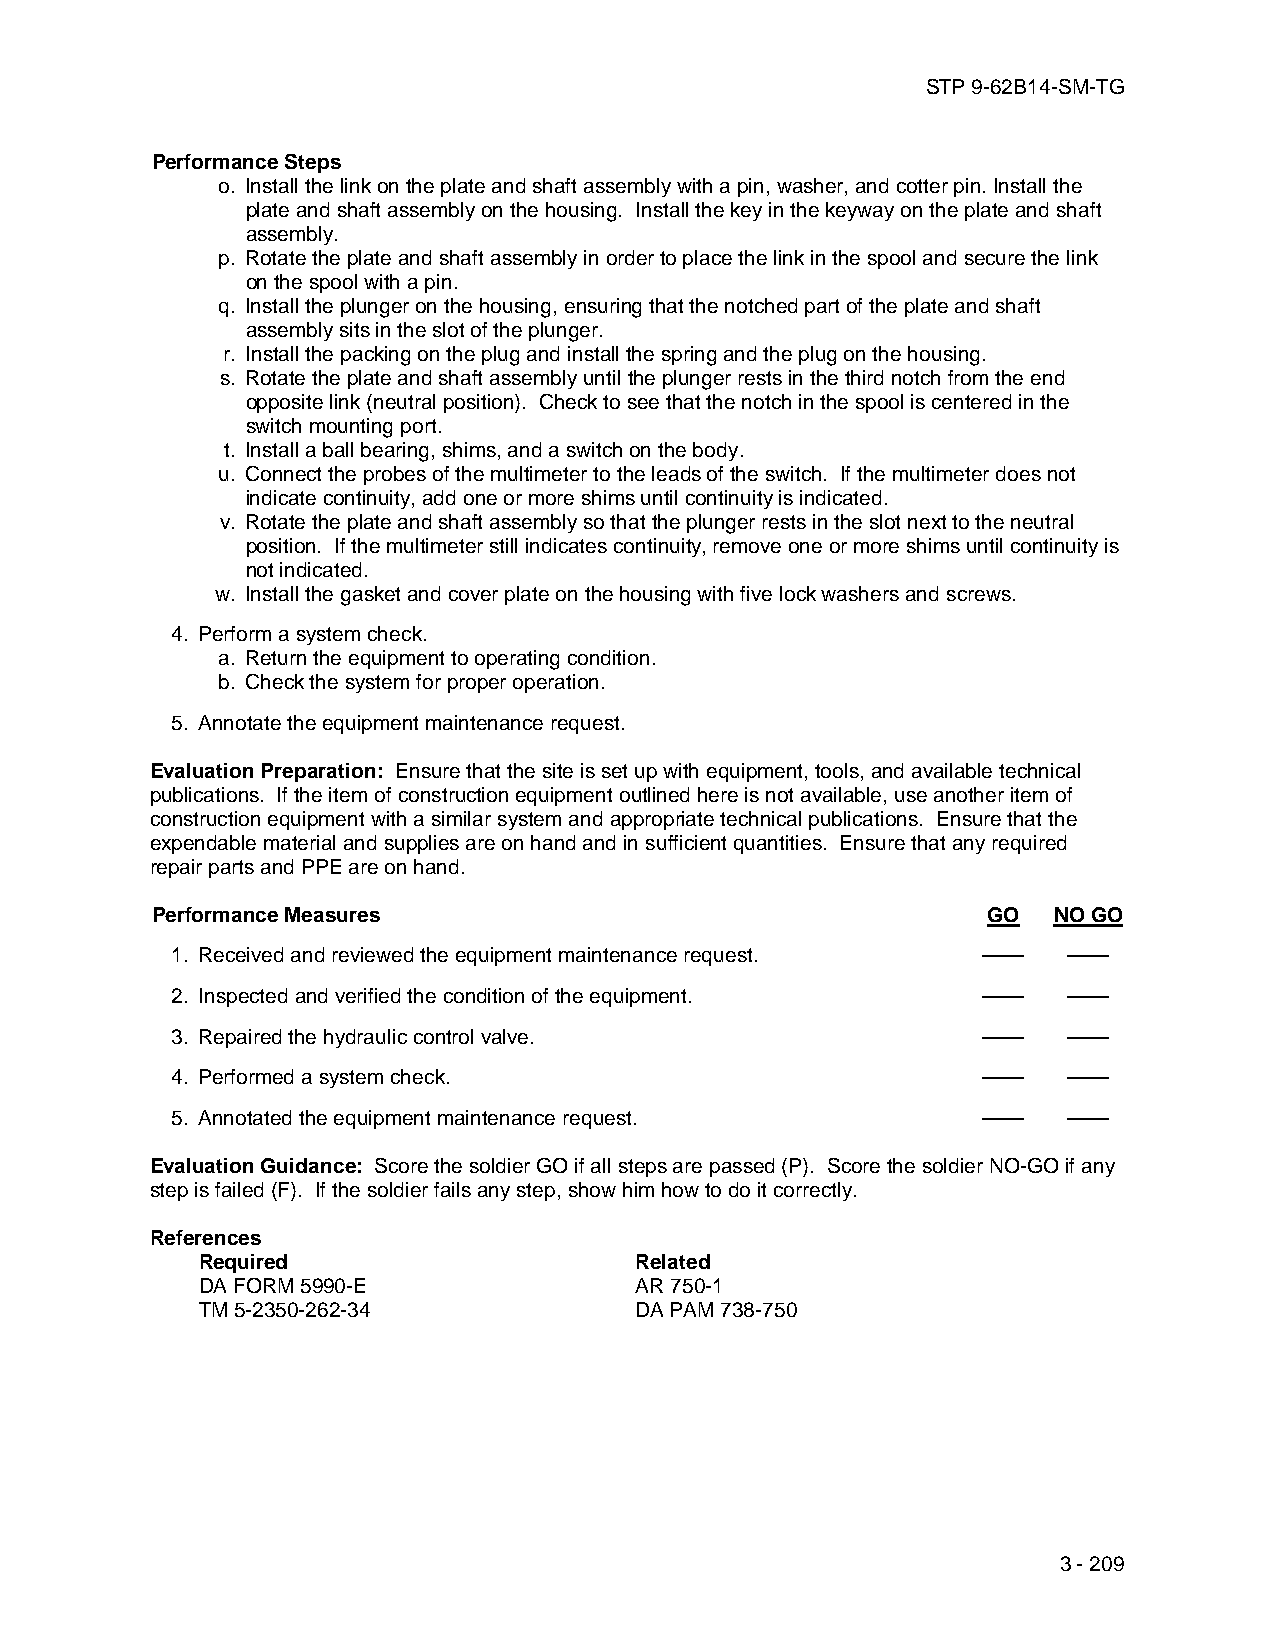
STP 9-62B14-SM-TG
 Performance Steps
 o. Install the link on the plate and shaft assembly with a pin, washer, and cotter pin. Install the
 plate and shaft assembly on the housing. Install the key in the keyway on the plate and shaft
 assembly.
 p. Rotate the plate and shaft assembly in order to place the link in the spool and secure the link
 on the spool with a pin.
 q. Install the plunger on the housing, ensuring that the notched part of the plate and shaft
 assembly sits in the slot of the plunger.
 r. Install the packing on the plug and install the spring and the plug on the housing.
 s. Rotate the plate and shaft assembly until the plunger rests in the third notch from the end
 opposite link (neutral position). Check to see that the notch in the spool is centered in the
 switch mounting port.
 t. Install a ball bearing, shims, and a switch on the body.
 u. Connect the probes of the multimeter to the leads of the switch. If the multimeter does not
 indicate continuity, add one or more shims until continuity is indicated.
 v. Rotate the plate and shaft assembly so that the plunger rests in the slot next to the neutral
 position. If the multimeter still indicates continuity, remove one or more shims until continuity is
 not indicated.
 w. Install the gasket and cover plate on the housing with five lock washers and screws.
 4. Perform a system check.
 a. Return the equipment to operating condition.
 b. Check the system for proper operation.
 5. Annotate the equipment maintenance request.
 Evaluation Preparation: Ensure that the site is set up with equipment, tools, and available technical
 publications. If the item of construction equipment outlined here is not available, use another item of
 construction equipment with a similar system and appropriate technical publications. Ensure that the
 expendable material and supplies are on hand and in sufficient quantities. Ensure that any required
 repair parts and PPE are on hand.
 Performance Measures                                   GO   NO GO
 1. Received and reviewed the equipment maintenance request. —— ——
 2. Inspected and verified the condition of the equipment. —— ——
 3. Repaired the hydraulic control valve.              ——    ——
 4. Performed a system check.                          ——    ——
 5. Annotated the equipment maintenance request.       ——    ——
 Evaluation Guidance: Score the soldier GO if all steps are passed (P). Score the soldier NO-GO if any
 step is failed (F). If the soldier fails any step, show him how to do it correctly.
 References
 Required                     Related
 DA FORM 5990-E               AR 750-1
 TM 5-2350-262-34             DA PAM 738-750
 3 - 209